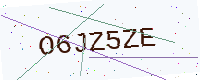
Text: O6JZ5ZE